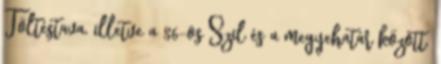
Töltéstava, illetve a 86-os Szil és a megyehatár között.